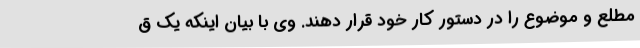
مطلع و موضوع را در دستور کار خود قرار دهند. وی با بیان اینکه یک ق